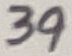
Text: 39